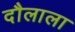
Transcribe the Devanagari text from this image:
दौलाला